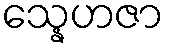
သ္နေဟဇာ